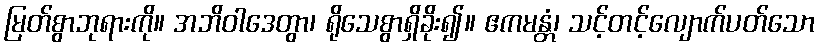
မြတ်စွာဘုရားကို။ အဘိဝါဒေတွာ၊ ရိုသေစွာရှိခိုး၍။ ဧကမန္တံ၊ သင့်တင့်လျောက်ပတ်သော